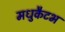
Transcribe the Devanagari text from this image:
मधुकैटभ